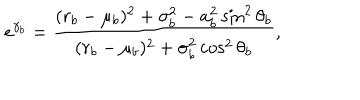
LaTeX: e ^ { \gamma _ { b } } = \frac { ( r _ { b } - \mu _ { b } ) ^ { 2 } + \sigma _ { b } ^ { 2 } - a _ { b } ^ { 2 } \sin ^ { 2 } \theta _ { b } } { ( r _ { b } - \mu _ { b } ) ^ { 2 } + \sigma _ { b } ^ { 2 } \cos ^ { 2 } \theta _ { b } } ,